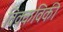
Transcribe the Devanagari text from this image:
विक्कविकी